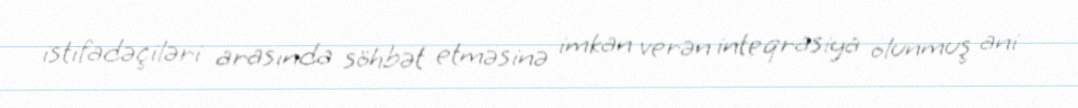
istifadəçiləri arasında söhbət etməsinə imkan verən inteqrasiya olunmuş ani